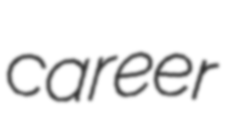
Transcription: career